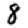
Digit: 8